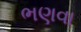
ભણવા